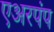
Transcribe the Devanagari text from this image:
एअरपंप